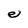
Character: e